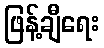
ဖြန့်ချီရေး